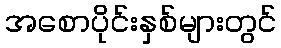
အစောပိုင်းနှစ်များတွင်